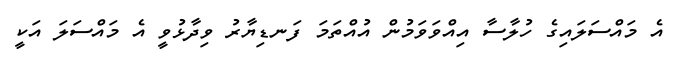
އެ މައްސަލައިގެ ހުލާސާ އިއްވަވަމުން އުއްތަމަ ފަނޑިޔާރު ވިދާޅުވީ އެ މައްސަލަ އަކީ